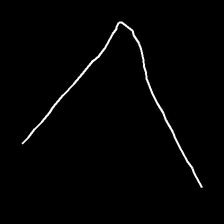
Glyph: region